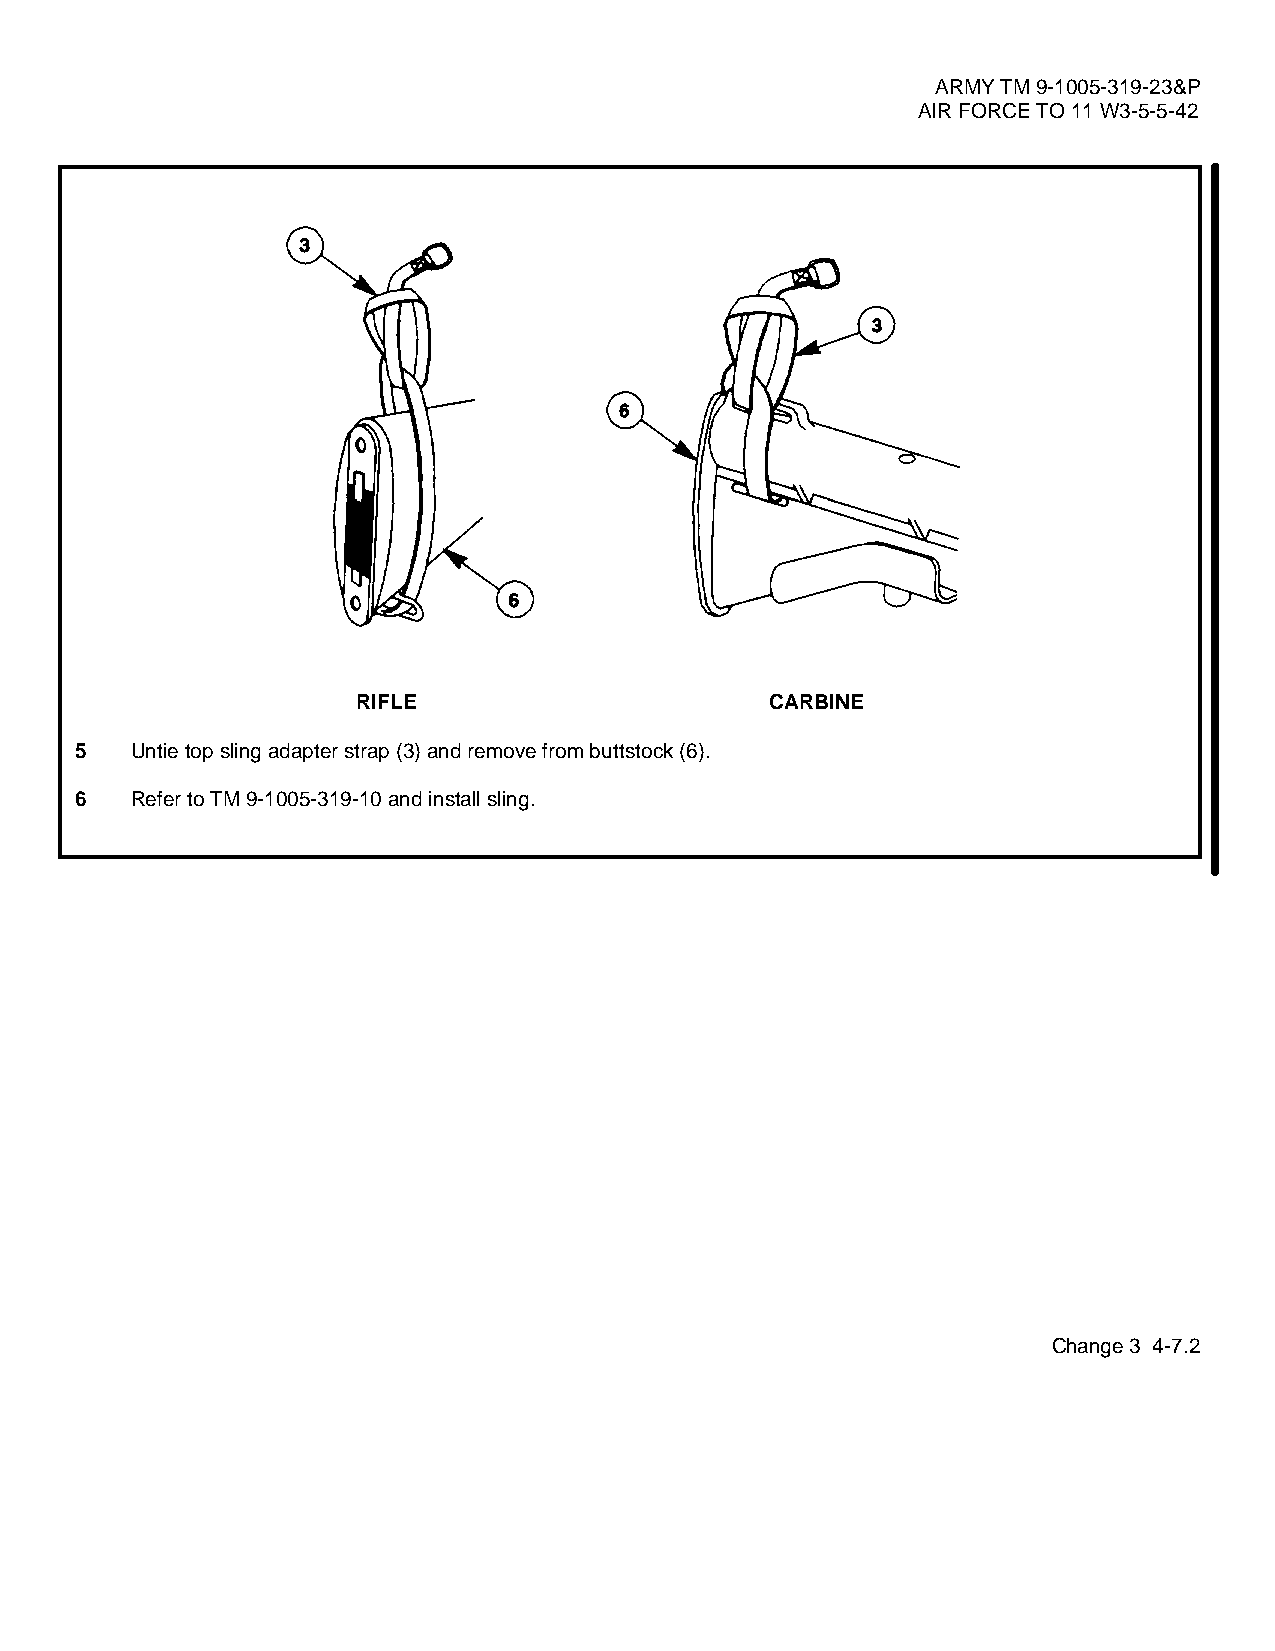
ARMY TM 9-1005-319-23&P
 AIR FORCE TO 11 W3-5-5-42
 RIFLE                      CARBINE
 5   Untie top sling adapter strap (3) and remove from buttstock (6).
 6   Refer to TM 9-1005-319-10 and install sling.
 Change 3 4-7.2